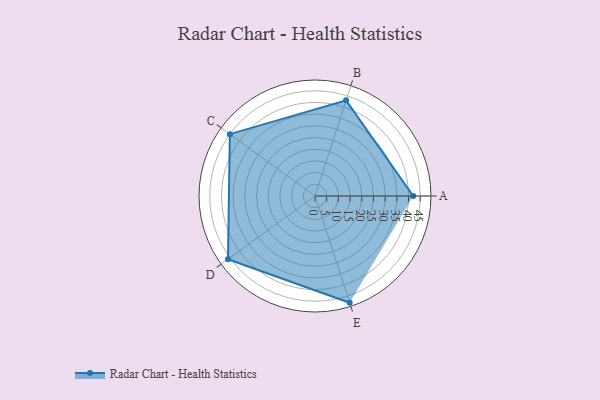
{"axis": {"x": "Skill", "y": "Score"}, "legend": ["Profile"], "data": [{"x": "A", "y": 42.0, "type": "Profile"}, {"x": "B", "y": 43.0, "type": "Profile"}, {"x": "C", "y": 45.0, "type": "Profile"}, {"x": "D", "y": 46.0, "type": "Profile"}, {"x": "E", "y": 48.0, "type": "Profile"}]}